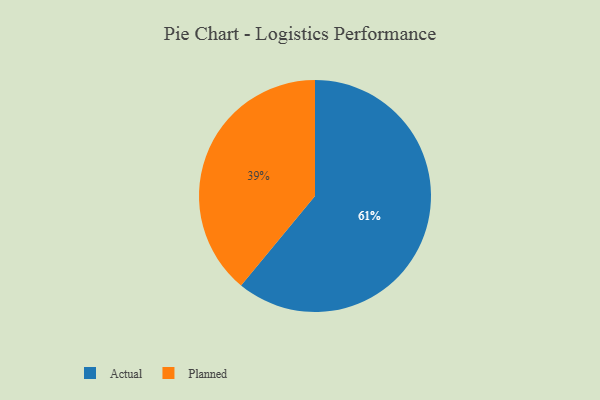
{"axis": {"x": "Category", "y": "Percentage"}, "legend": ["Actual", "Planned"], "data": [{"x": "Actual", "y": 61, "type": "Actual"}, {"x": "Planned", "y": 39, "type": "Planned"}]}